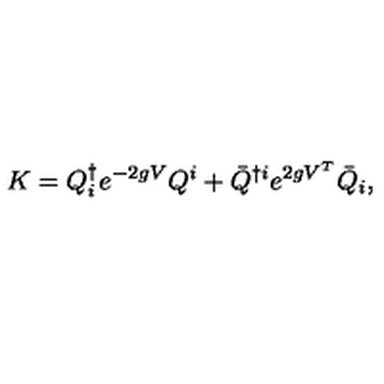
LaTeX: K = Q _ { i } ^ { \dag } e ^ { - 2 g V } Q ^ { i } + { \bar { Q } } ^ { \dag i } e ^ { 2 g V ^ { T } } { \bar { Q } } _ { i } ,